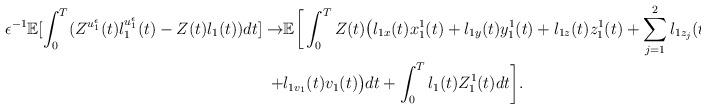
LaTeX: \begin{align*}\begin{aligned}\epsilon^{-1}\mathbb{E}[\int_0^T(Z^{u_1^\epsilon}(t)l_1^{u_1^\epsilon}(t)-Z(t)l_1(t))dt]\rightarrow&\mathbb{E}\bigg[\int_0^TZ(t)\big(l_{1x}(t)x_1^1(t)+l_{1y}(t)y_1^1(t)+l_{1z}(t)z_1^1(t)+\sum_{j=1}^{2}l_{1z_j}(t)z_{j1}^1(t)\\+&l_{1v_1}(t)v_1(t)\big)dt+\int_0^Tl_1(t)Z_1^1(t)dt\bigg].\end{aligned}\end{align*}